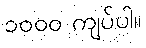
၁၀၀၀ ကျပ်ပါ။